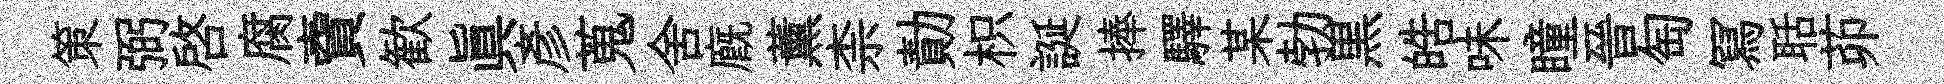
策弼啓腐𧶠歓真彦蒐舍廐薰柰勣枳誕捧驛某勃黒皓味瞳晉匋冩聒茆